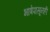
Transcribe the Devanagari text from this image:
भाषेपासूनही